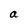
Character: a